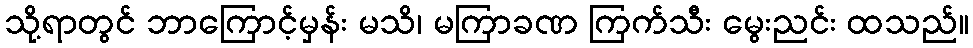
သို့ရာတွင် ဘာကြောင့်မှန်း မသိ၊ မကြာခဏ ကြက်သီး မွေးညင်း ထသည်။